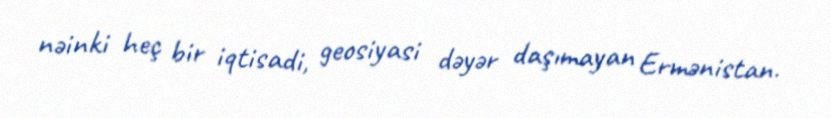
nəinki heç bir iqtisadi, geosiyasi dəyər daşımayan Ermənistan.